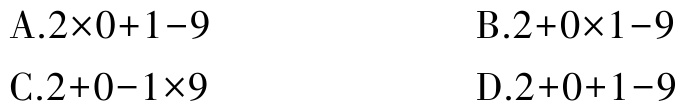
A.$2\times0 + 1 - 9$
B.$2 + 0\times1 - 9$
C.$2 + 0 - 1\times9$
D.$2 + 0 + 1 - 9$